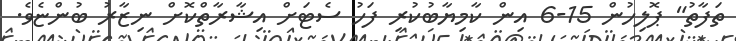
ތަފާތު" ޕޮލިހުން 15-6 އިން ކާމިޔާބުކުރި ފަހު ސެޓަށް އިޝާރާތްކޮށް ނިޒާރު ބުންޏެވެ.